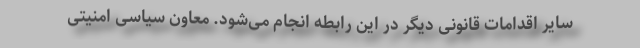
سایر اقدامات قانونی دیگر در این رابطه انجام می‌شود. معاون سیاسی امنیتی